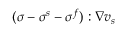
( \boldsymbol { \sigma } - \boldsymbol { \sigma } ^ { s } - \boldsymbol { \sigma } ^ { f } ) : \nabla \boldsymbol { v } _ { s }